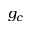
g _ { c }